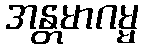
အန္တမာဂမ္မ